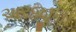
અરજીનો